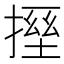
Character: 𫽪